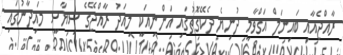
ރާއްޖެއާއި ބައިނަލް އަގްވާމީ ދުނިޔެ ދެކޭގޮތުގައި އަންނިއަކީ މިއަދު ރާއްޖޭގެ ސިޔާސީ މައިދާނުގައި